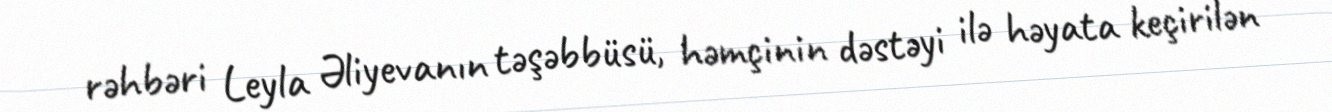
rəhbəri Leyla Əliyevanın təşəbbüsü, həmçinin dəstəyi ilə həyata keçirilən